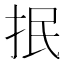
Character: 抿